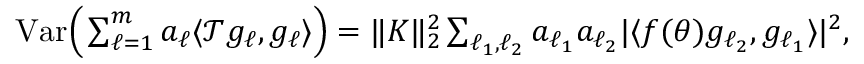
\begin{array} { r } { \mathrm { V a r } \Big ( \sum _ { \ell = 1 } ^ { m } a _ { \ell } \langle \mathcal T g _ { \ell } , g _ { \ell } \rangle \Big ) = \| K \| _ { 2 } ^ { 2 } \sum _ { \ell _ { 1 } , \ell _ { 2 } } a _ { \ell _ { 1 } } a _ { \ell _ { 2 } } | \langle f ( \theta ) g _ { \ell _ { 2 } } , g _ { \ell _ { 1 } } \rangle | ^ { 2 } , } \end{array}